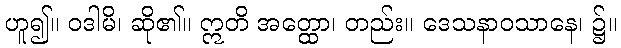
ဟူ၍။ ဝဒါမိ၊ ဆို၏။ ဣတိ အတ္ထော၊ တည်း။ ဒေသနာဝသာနေ၊ ၌။